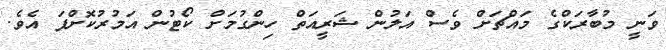
ވަނީ މުބާރަކްގެ މައްޗަށް ވެސް އަލުން ޝަރީއަތް ހިންގުމަށް ކޯޓުން އަމުރުކޮށްފަ އެވެ.